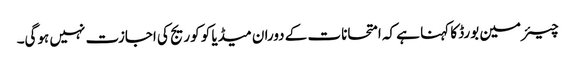
چیئرمین بورڈ کا کہنا ہے کہ امتحانات کے دوران میڈیا کو کوریج کی اجازت نہیں ہوگی۔